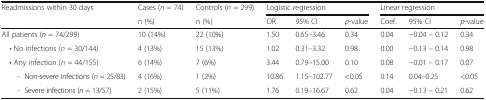
<table><thead><tr><td><b>Readmissions within 30 days</b></td><td><b>Cases (<i>n</i> = 74)</b></td><td><b>Controls (<i>n</i> = 299)</b></td><td colspan="3"><b>Logistic regression</b></td><td colspan="3"><b>Linear regression</b></td></tr><tr><td></td><td><b>n (%)</b></td><td><b>n (%)</b></td><td><b>OR</b></td><td><b>95% CI</b></td><td><b><i>p</i>-value</b></td><td><b>Coef.</b></td><td><b>95% CI</b></td><td><b><i>p</i>-value</b></td></tr></thead><tbody><tr><td>All patients (<i>n</i> = 74/299)</td><td>10 (14%)</td><td>22 (10%)</td><td>1.50</td><td>0.65–3.46</td><td>0.34</td><td>0.04</td><td>−0.04 – 0.12</td><td>0.34</td></tr><tr><td> • No infections (<i>n</i> = 30/144)</td><td>4 (13%)</td><td>15 (13%)</td><td>1.02</td><td>0.31–3.32</td><td>0.98</td><td>0.00</td><td>−0.13 – 0.14</td><td>0.98</td></tr><tr><td> • Any infection (<i>n</i> = 44/155)</td><td>6 (14%)</td><td>7 (6%)</td><td>3.44</td><td>0.79–15.00</td><td>0.10</td><td>0.08</td><td>−0.01 – 0.17</td><td>0.07</td></tr><tr><td>- Non-severe infections (<i>n</i> = 25/83)</td><td>4 (16%)</td><td>1 (2%)</td><td>10.86</td><td>1.15–102.77</td><td>&lt;0.05</td><td>0.14</td><td>0.04–0.25</td><td>&lt;0.05</td></tr><tr><td>- Severe infections (<i>n</i> = 13/57)</td><td>2 (15%)</td><td>5 (11%)</td><td>1.76</td><td>0.19–16.67</td><td>0.62</td><td>0.04</td><td>−0.13 – 0.21</td><td>0.62</td></tr></tbody></table>